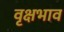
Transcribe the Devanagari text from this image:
वृक्षभाव